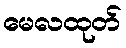
မေလထုတ်